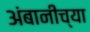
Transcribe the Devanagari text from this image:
अंबानीच्या